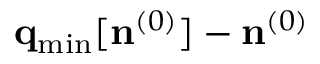
{ \bf q } _ { \mathrm { m i n } } [ { \bf n } ^ { ( 0 ) } ] - { \bf n } ^ { ( 0 ) }